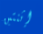
إثنتين